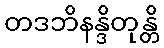
တဒဘိနန္ဒိတုန္တိ